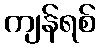
ကျန်ရစ်